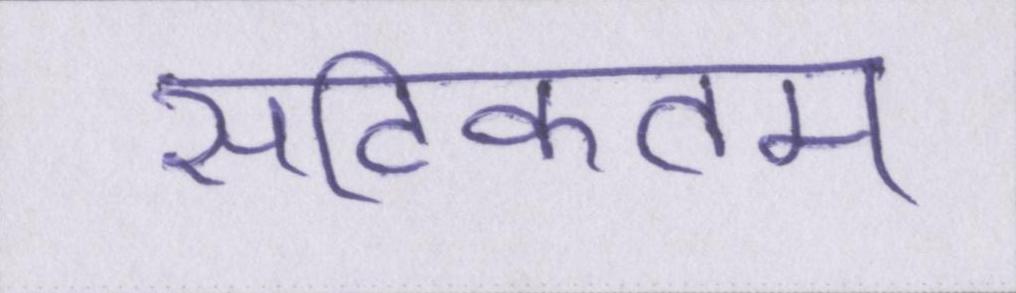
सटिकतम